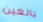
بالعين